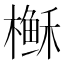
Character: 𰘶